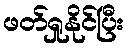
ဖတ်ရှုနိုင်ပြီး